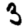
Digit: 3